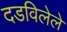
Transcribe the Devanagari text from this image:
दडविलेले